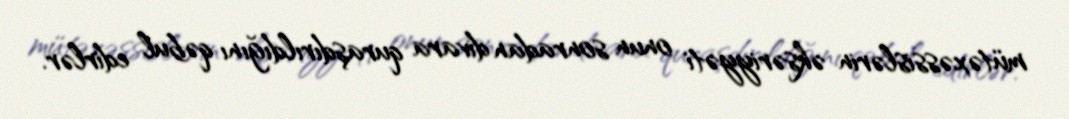
mütəxəssislərin əksəriyyəti onun sonradan divara quraşdırıldığını qəbul edirlər.